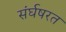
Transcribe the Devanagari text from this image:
संर्घषरत